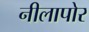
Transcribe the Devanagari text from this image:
नीलापोर